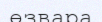
өзвара